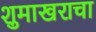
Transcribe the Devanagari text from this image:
शुमाखराचा